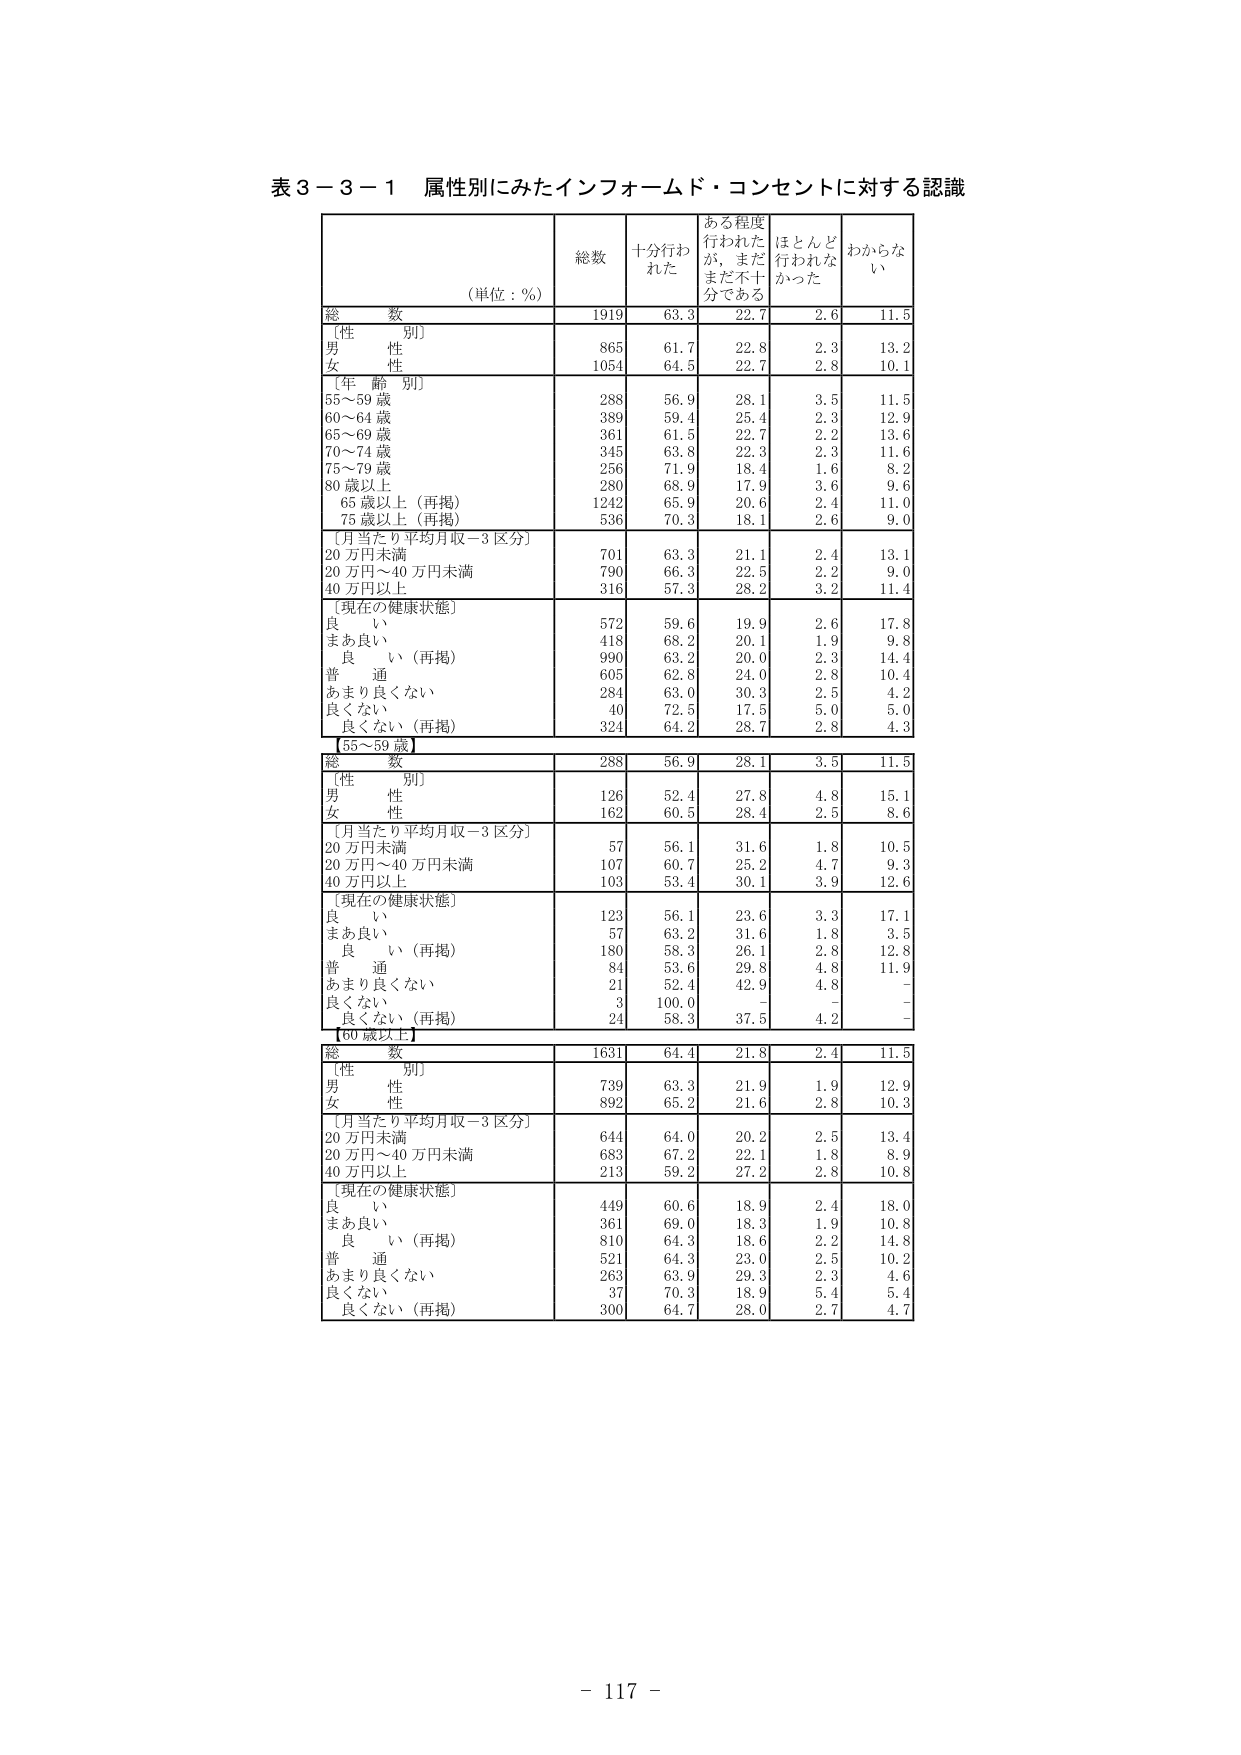
表３－３－１ 属性別にみたインフォームド・コンセントに対する認識

（単位：％）

総数 十分行われた ある程度行われたが、まだ不十分である ほとんど行われなかった わからない

総数 1919 63.3 22.7 2.6 11.5

〔性別〕
男性 865 61.7 22.8 2.3 13.2
女性 1054 64.5 22.7 2.8 10.1

〔年齢別〕
55～59歳 288 56.9 28.1 3.5 11.5
60～64歳 389 59.4 25.4 2.3 12.9
65～69歳 361 61.5 22.7 2.2 13.6
70～74歳 345 63.8 22.3 2.3 11.6
75～79歳 256 71.9 18.4 1.6 8.2
80歳以上 280 68.9 17.9 3.6 9.6
65歳以上（再掲） 1242 65.9 20.6 2.4 11.0
75歳以上（再掲） 536 70.3 18.1 2.6 9.0

〔月当たり平均月収－3区分〕
20万円未満 701 63.3 21.1 2.4 13.1
20万円～40万円未満 790 66.3 22.5 2.2 9.0
40万円以上 316 57.3 28.2 3.2 11.4

〔現在の健康状態〕
良い 572 59.6 19.9 2.6 17.8
まあ良い 418 68.2 20.1 1.9 9.8
良い（再掲） 990 63.2 20.0 2.3 14.4
普通 605 62.8 24.0 2.8 10.4
あまり良くない 284 63.0 30.3 2.5 4.2
良くない 40 72.5 17.5 5.0 5.0
良くない（再掲） 324 64.2 28.7 2.8 4.3

【55～59歳】
総数 288 56.9 28.1 3.5 11.5

〔性別〕
男性 126 52.4 27.8 4.8 15.1
女性 162 60.5 28.4 2.5 8.6

〔月当たり平均月収－3区分〕
20万円未満 57 56.1 31.6 1.8 10.5
20万円～40万円未満 107 60.7 25.2 4.7 9.3
40万円以上 103 53.4 30.1 3.9 12.6

〔現在の健康状態〕
良い 123 56.1 23.6 3.3 17.1
まあ良い 57 63.2 31.6 1.8 3.5
良い（再掲） 180 58.3 26.1 2.8 12.8
普通 84 53.6 29.8 4.8 11.9
あまり良くない 21 52.4 42.9 4.8 -
良くない 3 100.0 - - -
良くない（再掲） 24 58.3 37.5 4.2 -

【60歳以上】
総数 1631 64.4 21.8 2.4 11.5

〔性別〕
男性 739 63.3 21.9 1.9 12.9
女性 892 65.2 21.6 2.8 10.3

〔月当たり平均月収－3区分〕
20万円未満 644 64.0 20.2 2.5 13.4
20万円～40万円未満 683 67.2 22.1 1.8 8.9
40万円以上 213 59.2 27.2 2.8 10.8

〔現在の健康状態〕
良い 449 60.6 18.9 2.4 18.0
まあ良い 361 69.0 18.3 1.9 10.8
良い（再掲） 810 64.3 18.6 2.2 14.8
普通 521 64.3 23.0 2.5 10.2
あまり良くない 263 63.9 29.3 2.3 4.6
良くない 37 70.3 18.9 5.4 5.4
良くない（再掲） 300 64.7 28.0 2.7 4.7

- 117 -